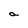
Character: a